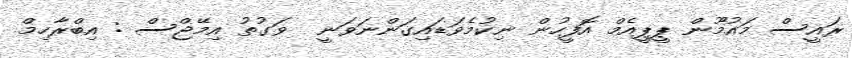
ރައީސް މައުމޫން ޕީޕީއެމް އޮފީހުން ނިކުމެވަޑައިގަންނަވަނީ  ވަގުތު އިމޭޖްސް : އިބްރާހިމް